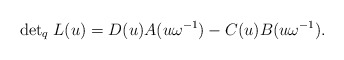
\begin{align*}{\det}_{q} \; L(u) = D(u)A(u \omega^{-1}) - C(u)B(u \omega^{-1}).\end{align*}